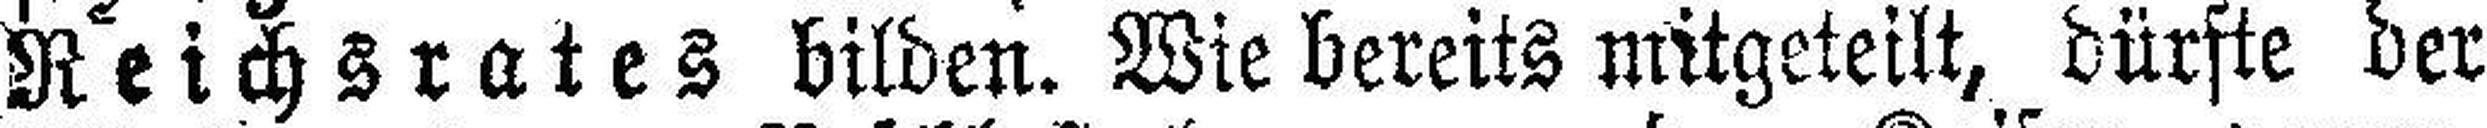
Reichsrates bilden. Wie bereits mitgeteilt, dürfte der